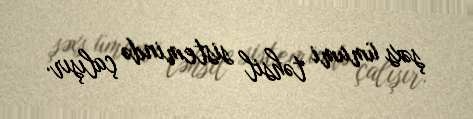
şəxs ümumi təhsil sistemində çalışır.